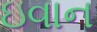
ઇવાન